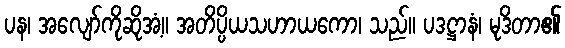
ပန၊ အလျော်ကိုဆိုအံ့။ အတိပ္ပိယသဟာယကော၊ သည်။ ပဒဋ္ဌာနံ၊ မုဒိတာ၏